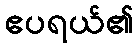
ဧပရယ်၏